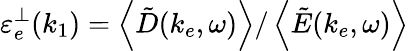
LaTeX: \mathinner{\varepsilon_{e}^{\perp}\mathopen{\left(k_{1}\right)}}=\left\langle\mathinner{\tilde{D}\mathopen{\left(k_{e},\omega\right)}}\right\rangle/\left\langle\mathinner{\tilde{E}\mathopen{\left(k_{e},\omega\right)}}\right\rangle